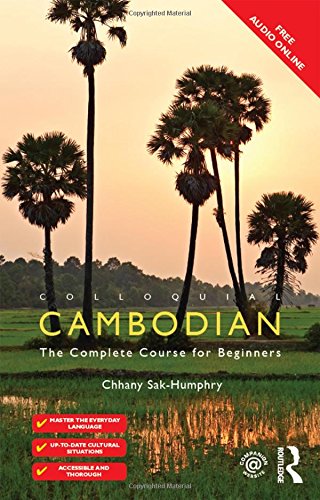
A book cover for Colloquial Cambodian: The Complete Course for Beginners (New Edition) (Colloquial Series); Chhany Sak-Humphry; Reference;